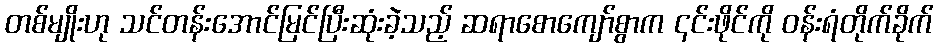
တစ်မျိုးဟု သင်တန်းအောင်မြင်ပြီးဆုံးခဲ့သည့် ဆရာစောကျော်စွာက ၎င်းဖိုင်ကို ဝန်းရံတိုက်ခိုက်